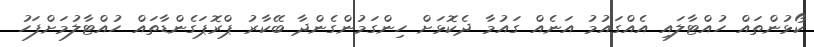
ކޯޅުންތައް ހުއްޓާލައި އެއްގައުމު އަނެއް ގައުމާ ދެކޮޅަށް ހިންގަމުންގެންދާ ބޭކާރު ޕްރޮޕަގެންޑާތައް ހުއްޓާލުމަށްފަހު